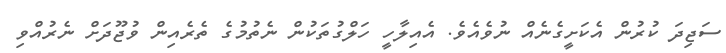
ސަޖިދަ ކުރުން އެކަށީގެނެއް ނުވެއެވެ. އެއިލާހީ ހަލްގުތަކުން ނެތުމުގެ ތެރެއިން ވުޖޫދަށް ނެރުއްވި